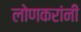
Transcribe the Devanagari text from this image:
लोणकरांनी